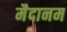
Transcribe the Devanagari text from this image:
मैदानम